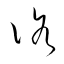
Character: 洛